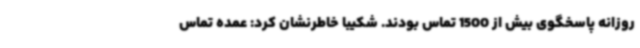
روزانه پاسخگوی بیش از 1500 تماس بودند. شکیبا خاطرنشان کرد: عمده تماس